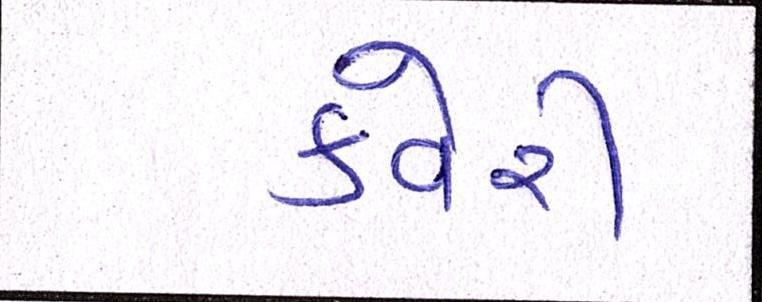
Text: કવેરી